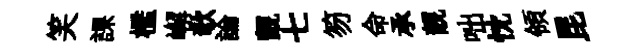
笑課檻嶰欹論覿七笏命承靚咄忱領昆